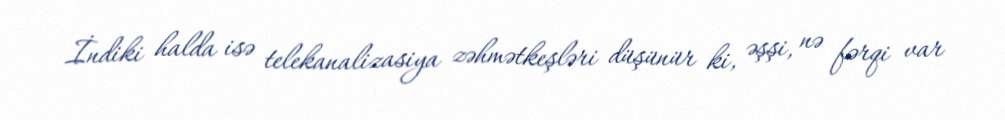
İndiki halda isə telekanalizasiya zəhmətkeşləri düşünür ki, əşşi, nə fərqi var